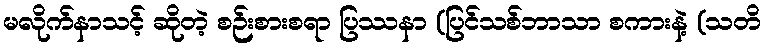
မလိုက်နာသင့် ဆိုတဲ့ စဉ်းစားစရာ ပြဿနာ (ပြင်သစ်ဘာသာ စကားနဲ့ (သတိ